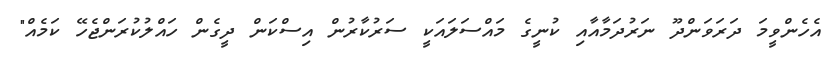
އެހެންވީމަ ދަރަވަންދޫ ނަރުދަމާއާއި ކުނީގެ މައްސަލައަކީ ސަރުކާރުން އިސްކަން ދީގެން ހައްލުކުރަންޖެހޭ ކަމެއް"